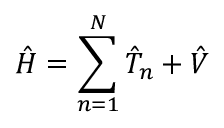
{ \hat { H } } = \sum _ { n = 1 } ^ { N } { \hat { T } } _ { n } + { \hat { V } }